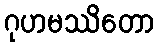
ဂုဟမဿိတော